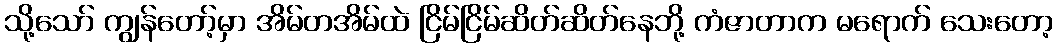
သို့သော် ကျွန်တော့်မှာ အိမ်တအိမ်ထဲ ငြိမ်ငြိမ်ဆိတ်ဆိတ်နေဘို့ ကံဇာတာက မရောက် သေးတော့